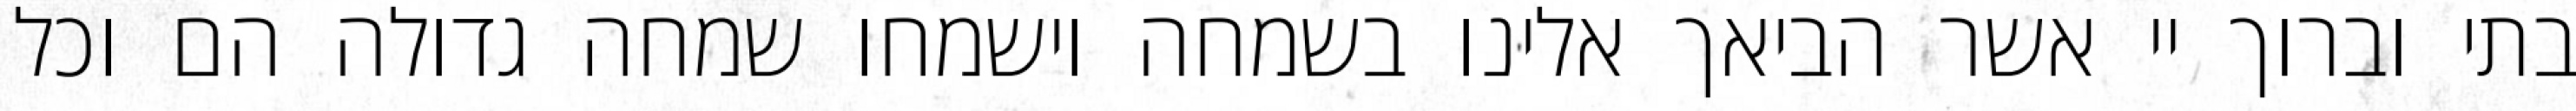
בתי וברוך יי אשר הביאך אלינו בשמחה וישמחו שמחה גדולה הם וכל